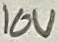
Text: 10V